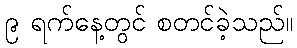
၉ ရက်နေ့တွင် စတင်ခဲ့သည်။